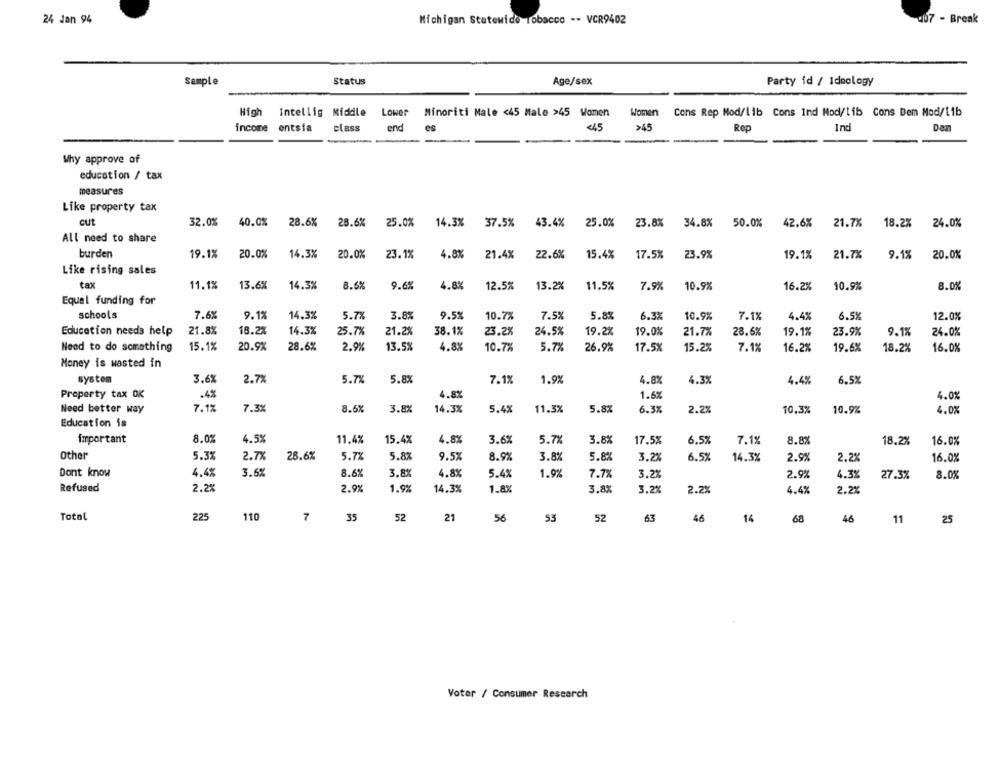
24 Jan 94
Michigan Statewide Tobacco -- VCR9402
207 - Break
Sample
Status
Age/sex
Party id / Ideology
High
Intellig Middle
Lower
Minoriti Male <45 Male >45 Women
Women Cons Rep Mod/lib Cons Ind Mod/lib Cons Dem Mod/lib
Income
entsia
class
end
es
<45
>45
Rop
Ind
Den
Why approve of
education / tax
measures
Like property tax
cut
32.0%
40.0%
28.6%
28.6%
25.0%
14.3%
37.5%
43.4%
25.0%
23.8%
34.8%
50.0%
42.6%
21.7%
18.2%
24.0%
All need to share
burden
19.1%
20.0%
14.3%
20.0%
23.1%
4.8%
21.4%
22.6%
15.4%
17.5%
23.9%
19.1%
21.7%
9.1%
20.0%
Like rising sales
tax
11.1%
13.6%
14.3%
8.6%
9.6
4.8%
12.5%
13.2%
11.5%
7.9%
10.9%
16.2%
10.9%
8.0%
Equal funding for
schools
7.6%
9.1%
14.3%
5.7%
3.8%
9.5%
10.7%
7.5%
5.8%
6.3%
10.9%
7.1%
4.4%
6.5%
12.0%
Education needs help
21.8%
18.2%
14.3%
25.7%
21.2%
38.1%
23.2%
24.5%
19.2%
19.0%
21.7%
28.6%
19.1%
23.9%
9.1%
24.0%
Need to do something
15.1%
20.9%
28.6%
2.9%
13.5%
4.8%
10.7%
5.7%
26.9%
17.5%
15.2%
7.1%
16.2%
19.6%
18.2%
16.0%
Money is wasted in
system
3.6%
2.7%
5.7%
5.8
7.1%
1.9%
4.8x
4.3%
4.4%
6.5%
Property tax OK
.4%
4.8%
1.6%
4.0%
Need better way
7.1%
7.3%
8.6%
3.8%
14.3%
5.4%
11.3%
5.8%
6.3%
2.2%
10.3%
10.9%
4.0%
Education is
important
8.0%
4.5%
11.4%
15.4%
4.8%
3.6%
5.7%
3.8%
17.5%
6.5%
7.1%
8.8%
18.2%
16.0%
Other
5.3%
2.7%
28.6%
5.7%
5.8%
9.5%
8.9%
3.8%
5.8%
3.2%
6.5%
14.3%
2.9%
2.2%
16.0%
Dont know
4.4%
3.6%
8.6%
3.8%
4.8%
5.4%
1.9%
7.7%
3.2%
2.9%
4.3%
27.3%
8.0%
Refused
2.2%
2.9%
1.9%
14.3%
1.8%
3.8%
2.2%
3.2%
4.4%
2.2%
Total
225
110
7
35
52
21
56
53
52
63
46
14
68
46
11
25
Voter / Consumer Research